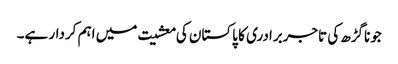
جوناگڑھ کی تاجربرادری کا پاکستان کی معشیت میں اہم کردار ہے۔